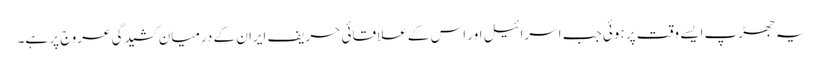
یہ جھڑپ ایسے وقت پر ہوئی جب اسرائیل اور اس کے علاقائی حریف ایران کے درمیان کشیدگی عروج پر ہے۔